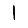
Digit: 1